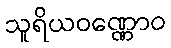
သူရိယဝဏ္ဏောဝ